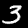
Label: 3